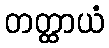
တတ္ထာယံ